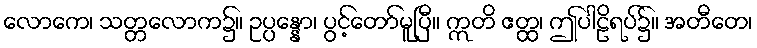
လောကေ၊ သတ္တလောက၌။ ဥပ္ပန္နော၊ ပွင့်တော်မူပြီ။ ဣတိ ဧတ္ထ၊ ဤပါဠိရပ်၌။ အတီတေ၊